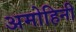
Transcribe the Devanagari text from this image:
अमोहिनी